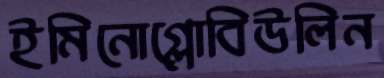
ইমিনোগ্লোবিউলিন